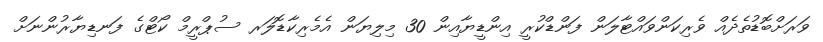
ވަރަށްބޮޑުތެދެއް ވެރިކަންވައްޓާލަން ފަންޑްކުރީ އިންޑީޔާއިން 30 މިލިޔަން އެމެރިކާޑޮލަރ ސުޕްރީމް ކޯޓްގެ ފަނޑިޔާރުންނަށް